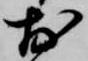
於